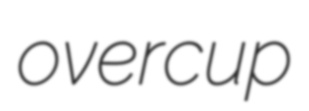
overcup